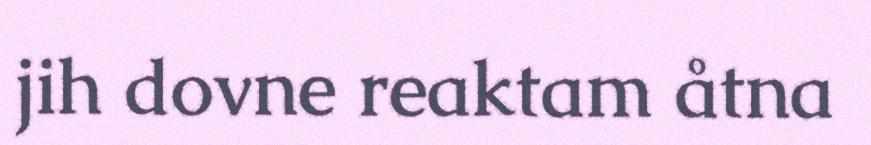
jih dovne reaktam åtna